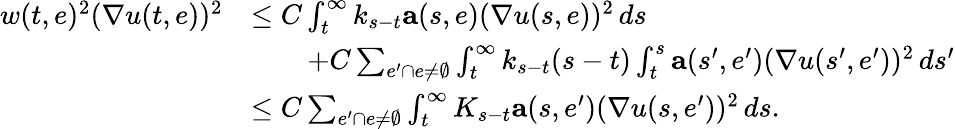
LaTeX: \begin{array}{rl}{w(t,e)^{2}(\nabla u(t,e))^{2}}&{\leq C\int_{t}^{\infty}k_{s-t}\mathbf{a}(s,e)(\nabla u(s,e))^{2}\, ds}\\ &{\qquad+C\sum_{e^{\prime}\cap e\neq\emptyset}\int_{t}^{\infty}k_{s-t}(s-t)\int_{t}^{s}\mathbf{a}(s^{\prime},e^{\prime})(\nabla u(s^{\prime},e^{\prime}))^{2}\, ds^{\prime}}\\ &{\leq C\sum_{e^{\prime}\cap e\neq\emptyset}\int_{t}^{\infty}K_{s-t}\mathbf{a}(s,e^{\prime})(\nabla u(s,e^{\prime}))^{2}\, ds.}\end{array}